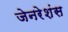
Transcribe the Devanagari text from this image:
जेनरेशंस